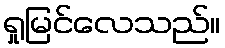
ရှုမြင်လေသည်။